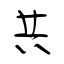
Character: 共